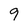
Character: 9